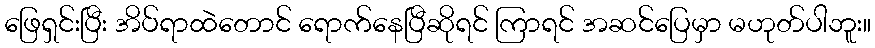
ဖြေရှင်းပြီး အိပ်ရာထဲတောင် ရောက်နေပြီဆိုရင် ကြာရင် အဆင်ပြေမှာ မဟုတ်ပါဘူး။